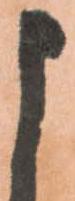
よ